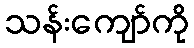
သန်းကျော်ကို